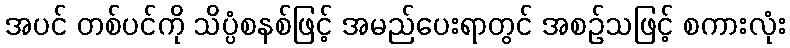
အပင် တစ်ပင်ကို သိပ္ပံစနစ်ဖြင့် အမည်ပေးရာတွင် အစဉ်သဖြင့် စကားလုံး